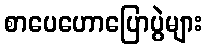
စာပေဟောပြောပွဲများ